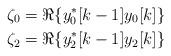
LaTeX: \begin{align*}\zeta_0= \Re\{y_0^*[k-1] y_0[k] \} \\\zeta_2= \Re\{ y_2^*[k-1] y_2[k] \}\end{align*}